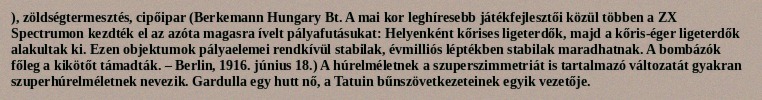
), zöldségtermesztés, cipőipar (Berkemann Hungary Bt. A mai kor leghíresebb játékfejlesztői közül többen a ZX Spectrumon kezdték el az azóta magasra ívelt pályafutásukat: Helyenként kőrises ligeterdők, majd a kőris-éger ligeterdők alakultak ki. Ezen objektumok pályaelemei rendkívül stabilak, évmilliós léptékben stabilak maradhatnak. A bombázók főleg a kikötőt támadták. – Berlin, 1916. június 18.) A húrelméletnek a szuperszimmetriát is tartalmazó változatát gyakran szuperhúrelméletnek nevezik. Gardulla egy hutt nő, a Tatuin bűnszövetkezeteinek egyik vezetője.